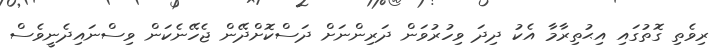
ރިވެތި ގޮތުގައި އިޙުތިރާމާ އެކު ދިދަ ވިހުރުވަން ދަރިންނަށް ދަސްކޮށްދޭން ޖެހޭނެކަން ވިސްނައިދެނީވެސް